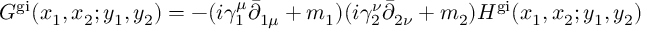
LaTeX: G ^ { \mathrm { g i } } ( x _ { 1 } , x _ { 2 } ; y _ { 1 } , y _ { 2 } ) = - ( i \gamma _ { 1 } ^ { \mu } \bar { \partial } _ { 1 \mu } + m _ { 1 } ) ( i \gamma _ { 2 } ^ { \nu } \bar { \partial } _ { 2 \nu } + m _ { 2 } ) H ^ { \mathrm { g i } } ( x _ { 1 } , x _ { 2 } ; y _ { 1 } , y _ { 2 } )